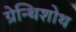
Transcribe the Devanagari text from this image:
ग्रेन्थिशोथ